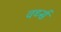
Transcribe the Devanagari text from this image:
वर्थ्स